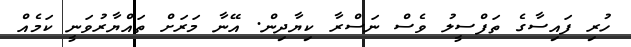
ހުރި ފައިސާގެ ތަފްސީލު ވެސް ނަސްރާ ކިޔާދިން. އޭނާ މަރަށް ތައްޔާރުވަނީ ކަމެއް